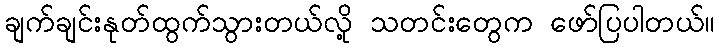
ချက်ချင်းနုတ်ထွက်သွားတယ်လို့ သတင်းတွေက ဖော်ပြပါတယ်။